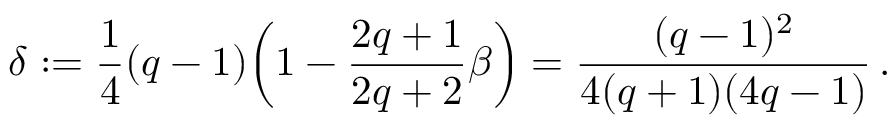
\delta : = \frac 1 4 ( q - 1 ) \mathopen { } \mathclose \bgroup \left( 1 - \frac { 2 q + 1 } { 2 q + 2 } \beta \aftergroup \egroup \right) = \frac { ( q - 1 ) ^ { 2 } } { 4 ( q + 1 ) ( 4 q - 1 ) } \, .